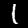
Label: 1